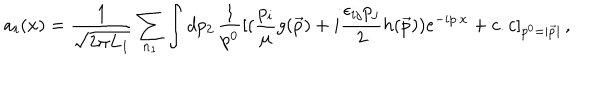
a _ { i } ( x ) = { \frac { 1 } { \sqrt { 2 \pi L _ { 1 } } } } \sum _ { n _ { 1 } } \int d p _ { 2 } \, { \frac { 1 } { p ^ { 0 } } } [ ( { \frac { p _ { i } } { \mu } } g ( \vec { p } ) + i { \frac { \epsilon _ { i j } p _ { j } } { 2 } } h ( \vec { p } ) ) e ^ { - i p \cdot x } + c . c ] _ { p ^ { 0 } = | \vec { p } | } \, ,